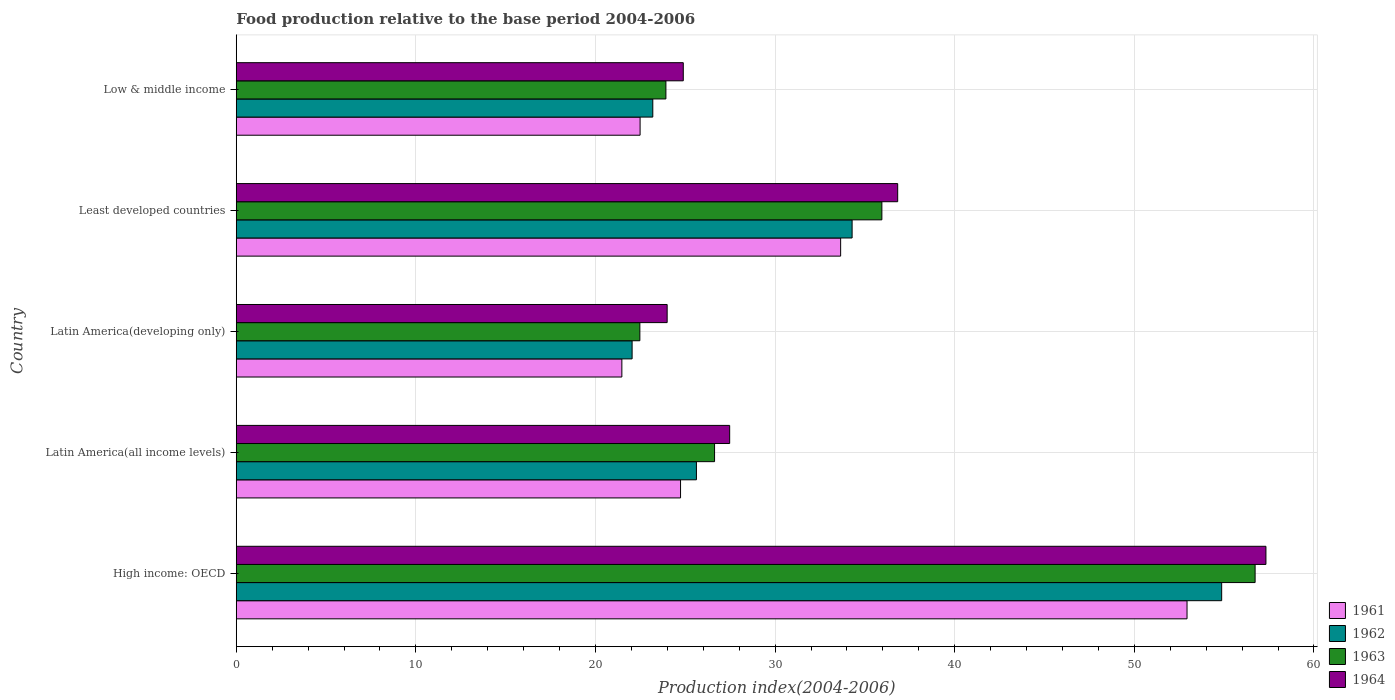
| Country | 1961 | 1962 | 1963 | 1964 |
 | --- | --- | --- | --- | --- |
 | High income: OECD | 52.9 | 54.9 | 56.7 | 57.3 |
 | Latin America(all income levels) | 24.7 | 25.6 | 26.6 | 27.5 |
 | Latin America(developing only) | 21.5 | 22 | 22.5 | 24 |
 | Least developed countries | 33.6 | 34.3 | 35.9 | 36.8 |
 | Low & middle income | 22.5 | 23.2 | 23.9 | 24.9 |